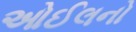
ઓઈલનો